Vaccination in the Punjab 1897-1904 - 1897-1904
Year: 1897
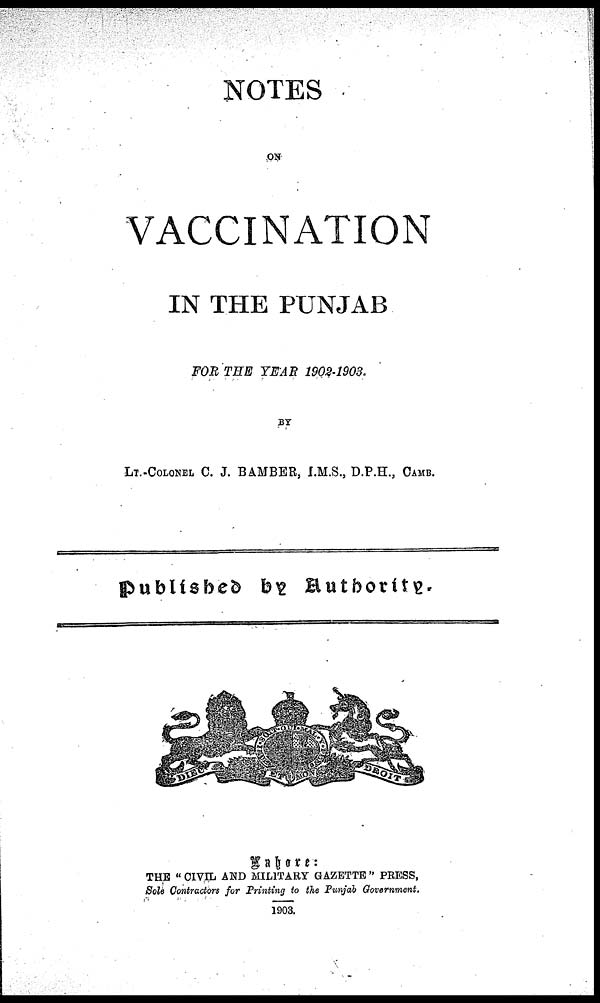
NOTES
ON
VACCINATION
IN THE PUNJAB
FOR THE YEAR 1902-1903.
BY
LT.-COLONEL C. J. BAMBER, I.M.S., D.P.H., CAMB.
Lahore:
THE " CIVIL AND MILITARY GAZETTE " PRESS,
Sole Contractors for Printing to the Punjab Government.
1903.